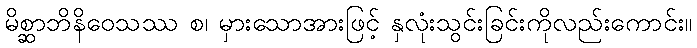
မိစ္ဆာဘိနိဝေသဿ စ၊ မှားသောအားဖြင့် နှလုံးသွင်းခြင်းကိုလည်းကောင်း။